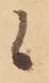
候